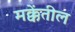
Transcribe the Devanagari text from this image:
मक्केंतील